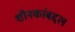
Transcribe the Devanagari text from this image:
शौनकांबद्दल